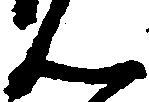
ん